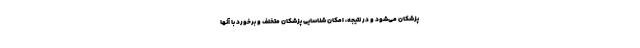
پزشکان می‌شود و در نتیجه، امکان شناسایی پزشکان متخلف و برخورد با آنها